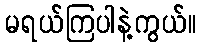
မရယ်ကြပါနဲ့ကွယ်။